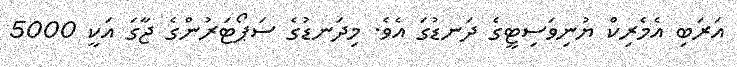
އަރަބި އެމެރިކް ޔުނިވަސިޓީގެ ދަނޑުގަ އެވެ. މިދަނޑުގެ ސަޕޯޓަރުންގެ ޖާގަ އަކީ 5000